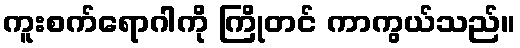
ကူးစက်ရောဂါကို ကြိုတင် ကာကွယ်သည်။